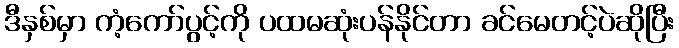
ဒီနှစ်မှာ ကံ့ကော်ပွင့်ကို ပထမဆုံးပန်နိုင်တာ ခင်မေတင့်ပဲဆိုပြီး